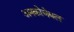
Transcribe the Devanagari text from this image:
अनकोचेबल